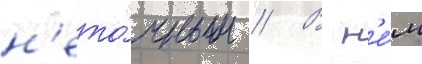
н'ето́чным // В н'е́м